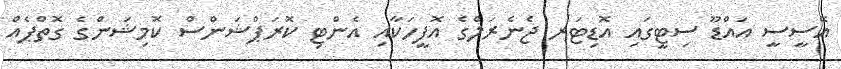
އޭސީސީ އައްޑޫ ސިޓީގައި އޮޑިޓަރ ޖެނެރަލްގެ އޮފީހަކާއި އެންޓި ކޮރަޕްޝަންސް ކޮމިޝަންގެ ގޮތްޕެއް